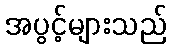
အပွင့်များသည်